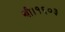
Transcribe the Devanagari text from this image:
थी।१६०३